Medical and sanitary report of the native army of Madras for the year
Year: 1875
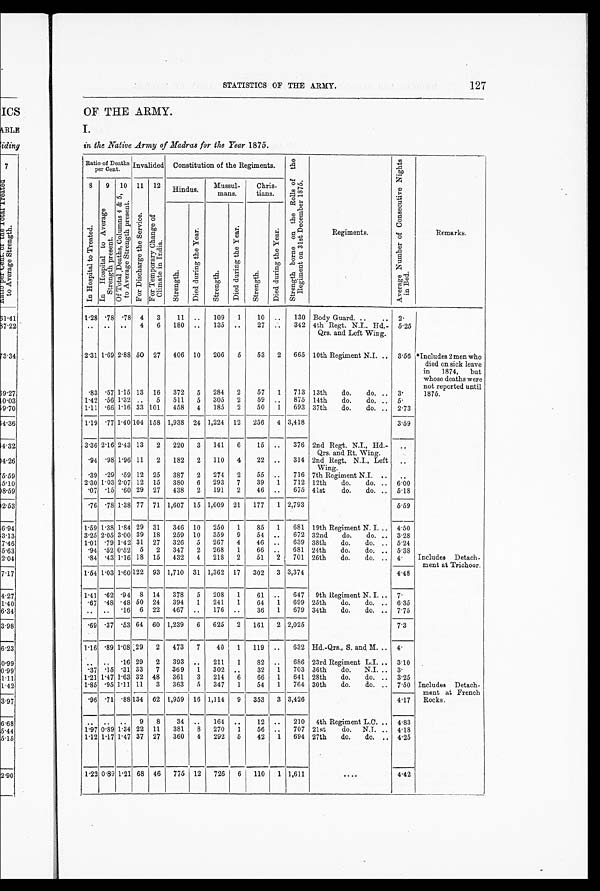
127
STATISTICS OF THE ARMY.
OF THE ARMY.
I.
in the Native Army of Madras for the Year 1875.
Ratio of Deaths
per Cent. Invalided Constitution of the Regiments. S t r e n g t h b o r n e o n t h e R o l l s o f t h e R e g i m e n t o n 3 1 s t D e c e m b e r 1 8 7 5 .
Regiments.
A v e r a g e N u m b e r o f C o n s e c u t i v e N i g h t s i n B e d .
8
I n H o s p i t a l t o T r e a t e d .
9
I n H o s p i t a l t o A v e r a g e S t r e n g t h P r e s e n t .
10
O f T o t a l D e a t h s , C o l u m n s 4 & 5 , t o A v e r a g e S t r e n g t h p r e s e n t .
11
F o r D i s c h a r g e t h e S e r v i c e .
12
F o r T e m p o r a r y C h a n g e o f C l i m a t e i n I n d i a .
Hindus.
Mussul
mans.
Chris
tians.
S t r e n g t h .
D i e d d u r i n g t h e Y e a r .
S t r e n g t h .
D i e d d u r i n g t h e Y e a r .
S t r e n g t h .
D i e d d u r i n g t h e Y e a r .
Remarks.
1.28 .78 .78 4 3
11 ..
109 1
10 ..
130 Body Guard. ..
.. 2.
* I n c l u d e s 2 m e n w h o
died on sick leave
in 1874, but
whose deaths were
not reported until
1875.
..
. . . .
4 6 180 ..
135 ..
27 ..
342 4th Regt. N.I.. Hd.-
Qrs. and Left Wing.
5.25
2.31 1.69 2.88 50 27 406 10 206 5
53 2 665 10th Regiment N.I. .. 3.56
. 8 3 .57 1.15 13 16 372 5 284 2
57 1 713 13th
do.
do. .. 3.
1.42 .56 1.32 ..
5 511 5 305 2
59 .. 875 14th
do.
do. .. 5.
1.11 .66 1.16 33 101 458 4 185 2
50 1 693 37th
do.
do. .. 2.73
1.19 .77 1.40 104 158 1,938 24 1,224 12 256 4 3,418
3.59
3.36 2.16 2.43 13 2 220 3 141 6
15 ..
376 2nd Regt. N.I., Hd.-
Qrs. and Rt. Wing.
..
Includes Detach
-ment at Trichoor.
.94 .98 1.96 11 2 182 2 110 4
22 ..
314 2nd Regt. N.I., Left
Wing.
. .
.39 .29 .59 12 25 387 2 274 2
55 ..
716 7th Regiment N.I. .. ..
2.30 1.03 2.07 12 15 380 6 293 7
39 1 712 12th
do.
do. .. 6.00
.07 .15 .60 29 27 438 2 191 2
46 ..
675 41st
do.
do. .. 5.18
.76
.78 1.38 77 71 1,607 15 1,009 21 177 1 2,793
5.59
1.59 1.38 1.84 29 31 346 10 250 1
85 1 681 19th Regiment N.I... 4.50
3.25 2.05 3.00 39 18 259 10 359 9
54 ..
672 32nd
do.
do. .. 3.28
1.01 .79 1.42 31 27 326 5 267 4
46 ..
639 38th
do.
do. .. 5.24
. 9 4 .52 0.52 5 2 347 2 268 1
66 ..
681 24th
do.
do. .. 5.38
. 8 4 .43 1 . 16 18 15 432 4 218 2
51 2 701 26th
do.
do. .. 4.
1.54 1.03 1.60 122 93 1,710 31 1,362 17 302 3 3,374
4.48
1.41 .62 .94 8 14 378 5 208 1
61 ..
647 9th Regiment N. I. .. 7.
Includes Detach
-ment at French
Rocks.
. 6 7 .48 .48 50 24 394 1 241 1
64 1 699 25th
do.
do. .. 6.35
. . . . .16 6 22 467 ..
176 ..
36 1 679 34th
do.
do. .. 7.75
. 6 9
. 3 7
.53
64
60 1,239 6 625 2 161 2 2,025
7.3
1.16 .89 1.08 29 2 473 7
40 1 119 ..
632 Hd.-Qrs., S. and M... 4.
. . . .
. 1 6 29 2 393 . . 211 1
82 ..
686 23rd Regiment L.I. .. 3.10
. 3 7 .15 .31 33 7 369 1 302 ..
32 1 703 36th
do. N.I. .. 3.
1.21 1.47 1.63 32 48 361 3 214 6
66 1 641 28th
do.
do. .. 3.25
1.85 .95 1.11 11 3 363 5 347 1
54 1 764 30th
do.
do. .. 7.50
. 9 6 .71 . 88 134 62 1,959 16 1,114 9 353 3 3,426
4.17
. .
1 .97
1 . 12
. .
0 . 89
1 . 17
..
1.34
1.47
9
22
37
8
11
27
34
381
360
..
8
4
164
270
292
..
1
5
12
56
42
..
..
1
210
707
694
4th Regiment L.C. ..
21st
do. N.I. ..
27th
do.
do. ..
4.83
4.18
4.25
1.22 0.891.21 68 46 775 12 726 6 110 1 1,611
....
4.42